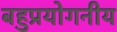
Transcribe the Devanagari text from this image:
बहुप्रयोगनीय